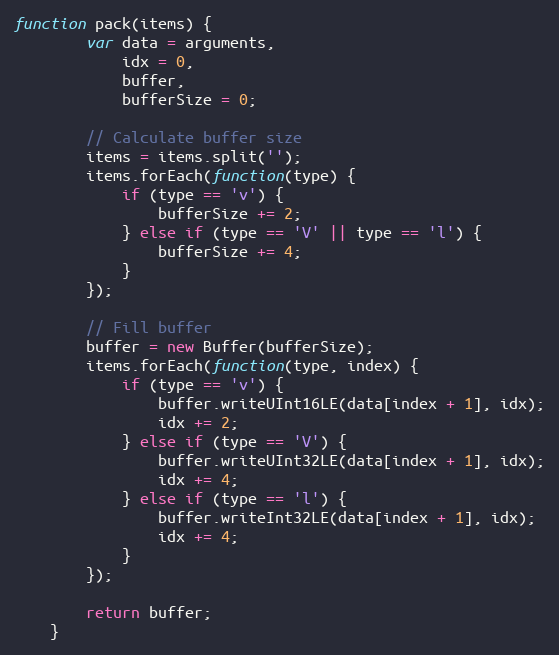
Language: JavaScript
function pack(items) {
		var data = arguments,
			idx = 0,
			buffer,
			bufferSize = 0;

		// Calculate buffer size
		items = items.split('');
		items.forEach(function(type) {
			if (type == 'v') {
				bufferSize += 2;
			} else if (type == 'V' || type == 'l') {
				bufferSize += 4;
			}
		});

		// Fill buffer
		buffer = new Buffer(bufferSize);
		items.forEach(function(type, index) {
			if (type == 'v') {
				buffer.writeUInt16LE(data[index + 1], idx);
				idx += 2;
			} else if (type == 'V') {
				buffer.writeUInt32LE(data[index + 1], idx);
				idx += 4;
			} else if (type == 'l') {
				buffer.writeInt32LE(data[index + 1], idx);
				idx += 4;
			}
		});

		return buffer;
	}